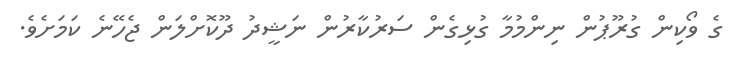
ގެ ވޯކިން ގުރޫޕުން ނިންމުމާ ގުޅިގެން ސަރުކާރުން ނަޝީދު ދޫކޮށްލަން ޖެހޭނެ ކަމަށެވެ.